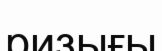
ризығы